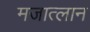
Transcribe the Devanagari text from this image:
मजात्लान